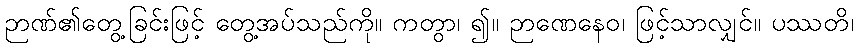
ဉာဏ်၏တွေ့ခြင်းဖြင့် တွေ့အပ်သည်ကို။ ကတွာ၊ ၍။ ဉာဏေနေဝ၊ ဖြင့်သာလျှင်။ ပဿတိ၊